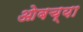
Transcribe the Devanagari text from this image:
ओबच्या